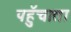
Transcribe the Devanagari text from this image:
पहुॅचाता